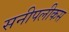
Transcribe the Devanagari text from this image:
सनीपलीकस